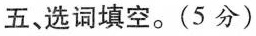
五、选词填空.(5 分)